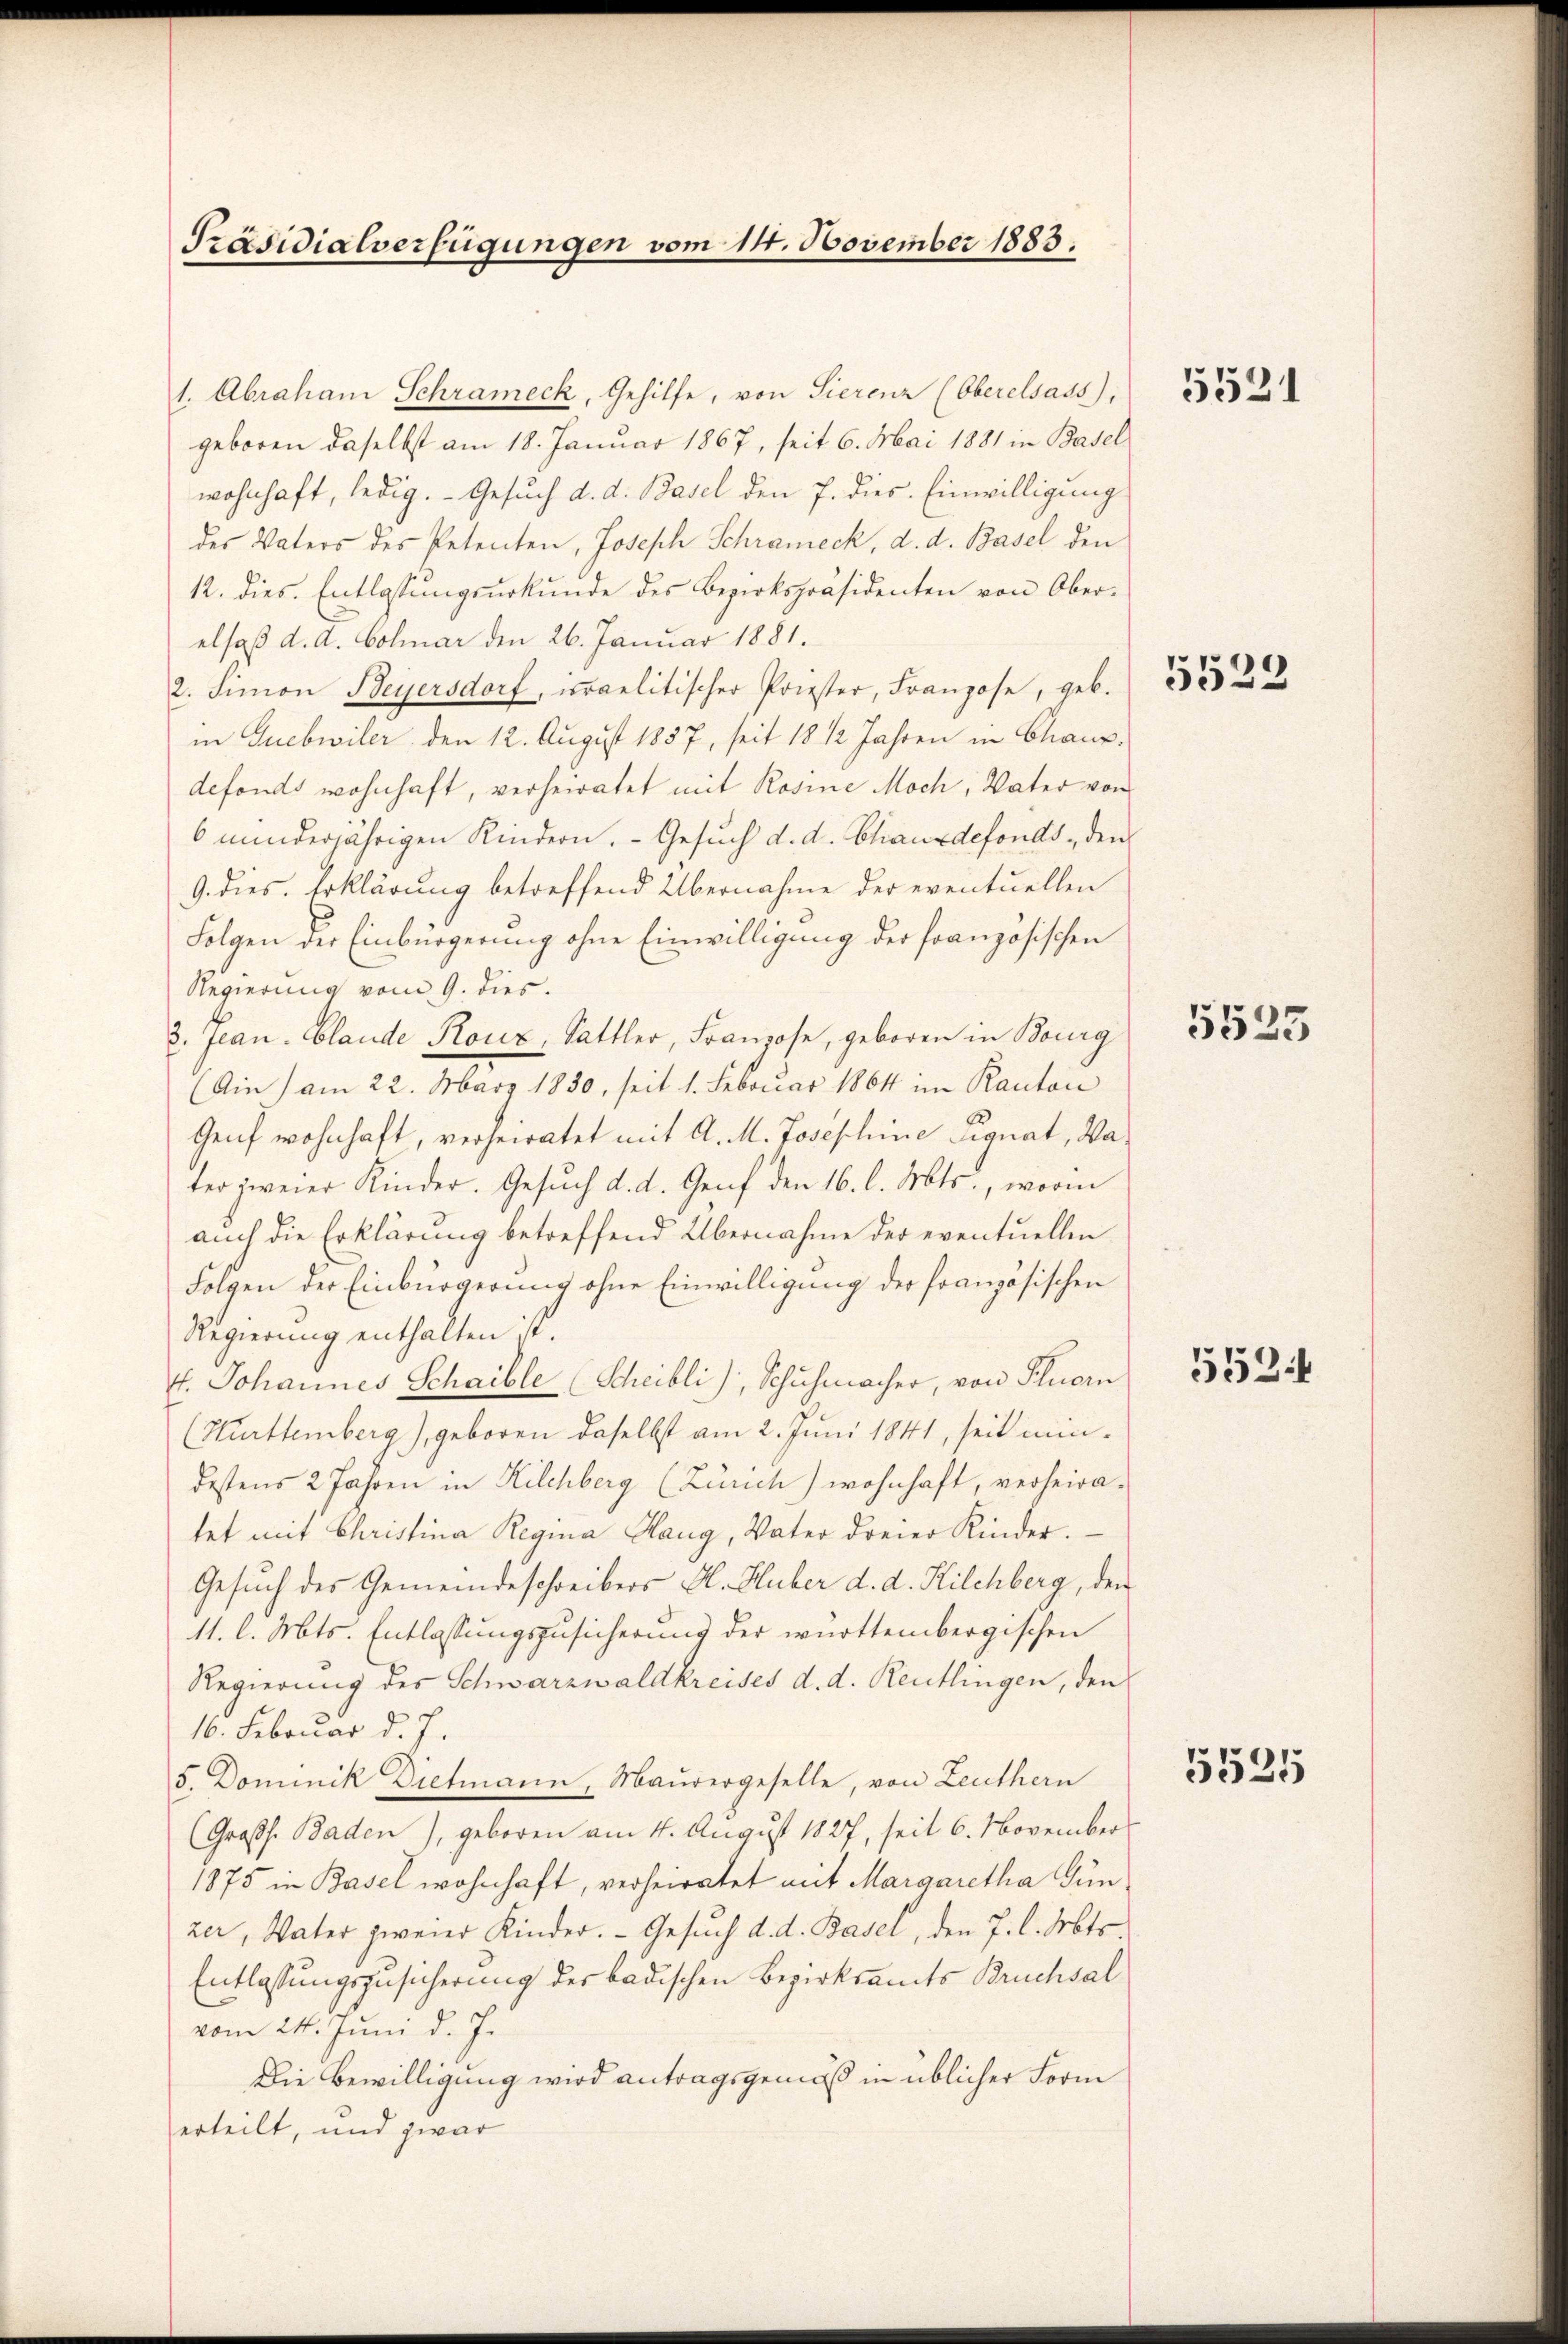
Präsidialverfügungen vom 14. November 1883.

1. Abraham Schrameck, Gehilfe, von Sierenz (Oberelsass),
geboren daselbst am 18. Januar 1867, seit 6. Mai 1881 in Basel
wohnhaft, ledig. Gesuch d. d. Basel den 7. dies. Einwilligung
des Vaters des Petenten, Joseph Schrameck, d. d. Basel den
12. dies. Entlassungsurkunde des Bezirkspräsidenten von Ober-
elsaß d. d. Colmar den 26. Januar 1881.
2. Simon Beyersdorf, israelitischer Priester, Franzose, geb.
in Guebwiler, den 12. August 1857, seit 18 1/2 Jahren in Chaux.
defonds wohnhaft, verheiratet mit Rosine Moch, Vater von
6 minderjährigen Kindern. Gesuch d. d. Chauxdefonds, den
9. dies. Erklärung betreffend Übernahme der eventuellen
Folgen der Einbürgerung ohne Einwilligung der französischen
Regierung vom 9. dies
3. Jean Claude Rouz, Sattler, Franzose, geboren in Bourg
(Ain) am 22. März 1830, seit 1. Februar 1864 im Kanton
Genf wohnhaft, verheiratet mit A. M. Josephine Signat, Va
ter zweier Kinder. Gesŭch d. d. Genf den 16. l. Mts., worin
auch die Erklärung betreffend Übernahme der eventuellen
Folgen der Einbürgerung ohne Einwilligung der französischen
Regierung enthalten ist.
4. Johannes Schaible (Scheibli), Schuhmacher, von Feuern
(Hurttemberg), geboren daselbst am 2. Juni 1841, seit mindestens 2 Jahren in Kilchberg (Zürich) wohnhaft, verheiratet mit Christina Regina Haug, Vater dreier Kinder.
Gesuch des Gemeindeschreibers Al. Huber d. d. Kilchberg, den
11. l. Mts. Entlassungszusicherung der württembergischen
Regierung des Schwarzwaldkreises d. d. Reutlingen, den
16. Februar d. J.
5. Dominik Dietmann, Maurergeselle, von Leuthern
(Großh. Baden), geboren am 4. August 1827, seit 6. November
1875 in Basel wohnhaft, verheiratet mit Margaretha Gun
zer, Vater zweier Kinder. Gesŭch d. d. Basel, den 7. l. Mts.
Entlassungszusicherung der badischen Bezirksamts Bruchsal
vom 24. Juni d. J.
Die Bewilligung wird antragsgemäß in üblicher Form
erteilt, und zwar

5521

5523

5525

552

5525